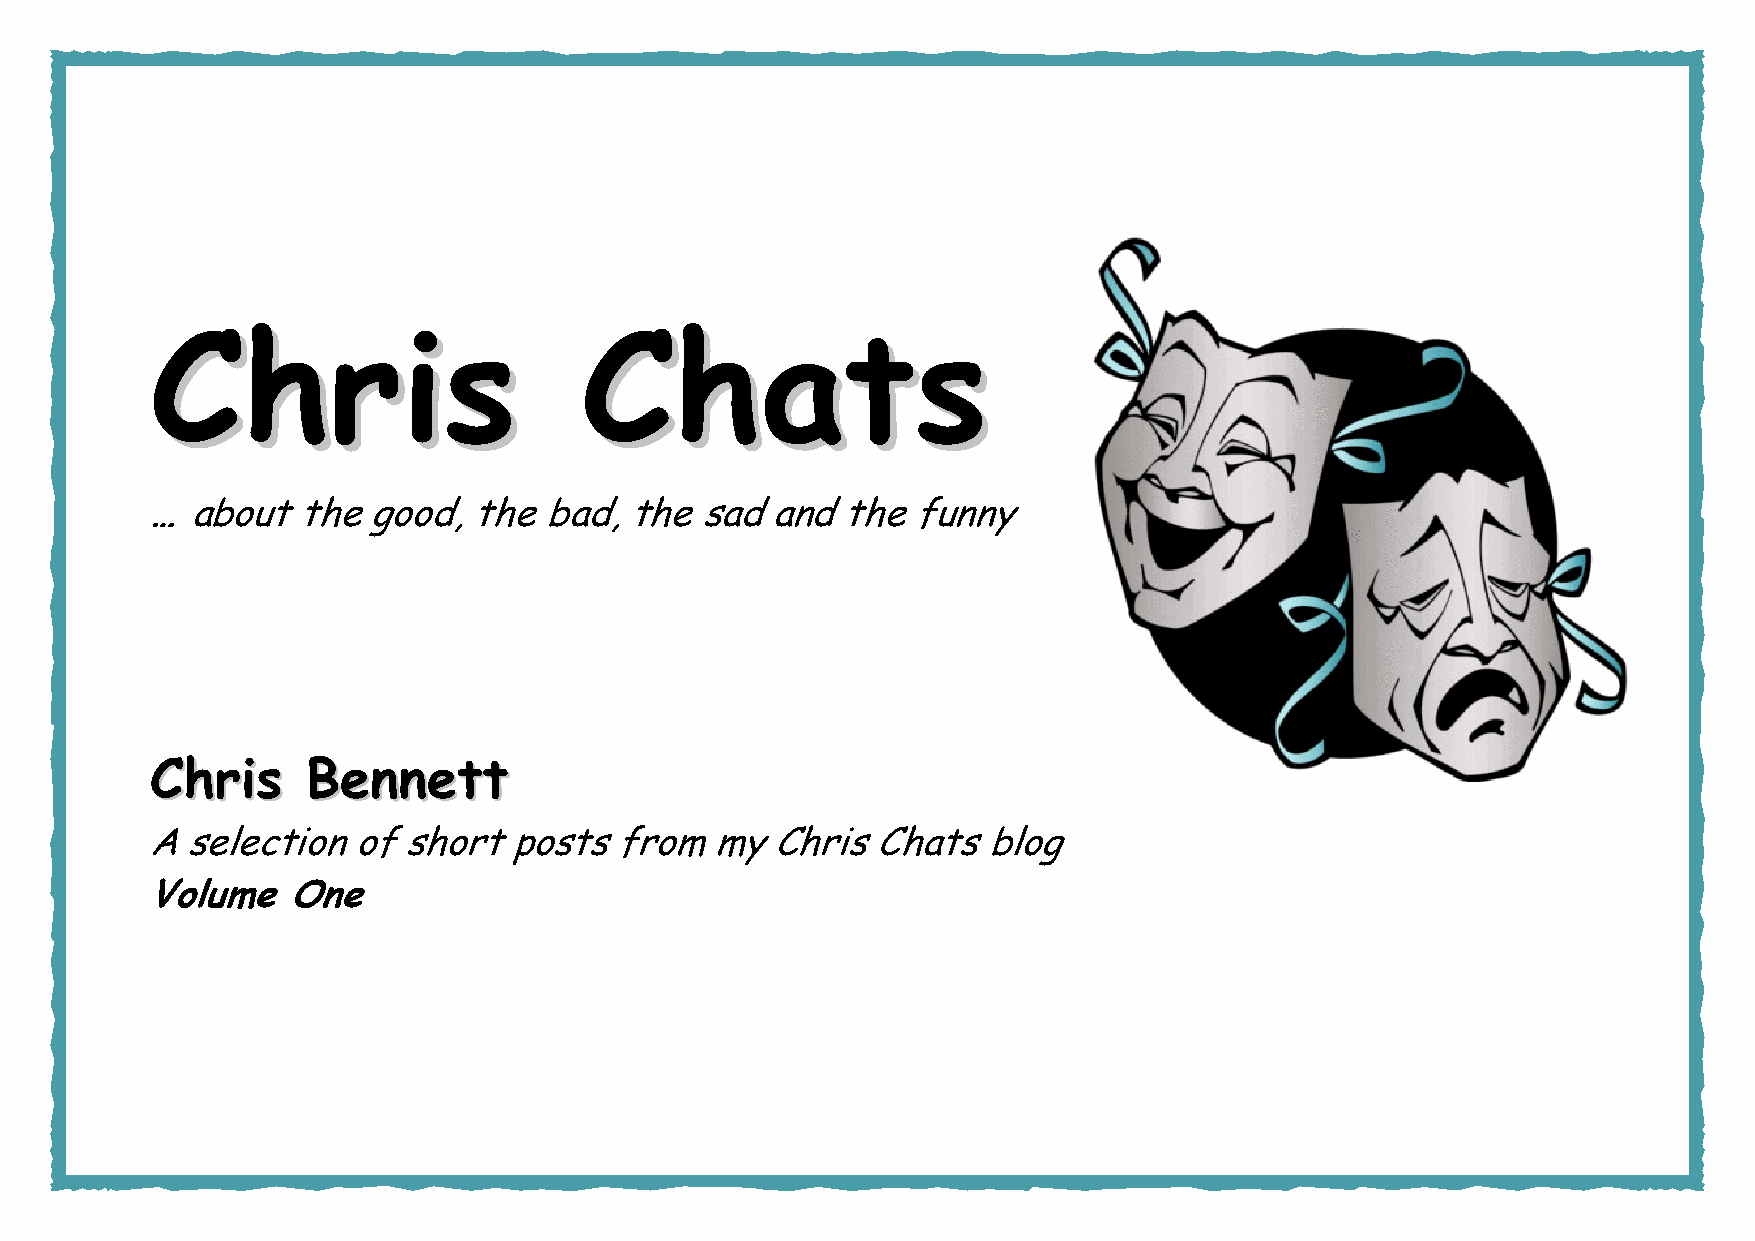
Chris                       Chats
 Chris                        Chats
 … about   the good,  the  bad,  the sad  and  the funny
 CChhrriiss BBeennnneetttt
 A selection  of  short  posts  from  my  Chris  Chats  blog
 Volume   One